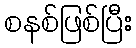
စနစ်ဖြစ်ပြီး